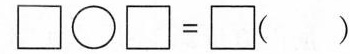
\Box\circ\Box=\Box( )